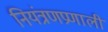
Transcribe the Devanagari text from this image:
नियंत्रणप्रणाली